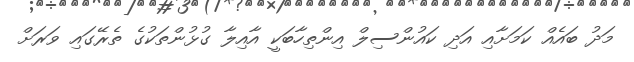
މަދު ބައެއް ކަމަށާއި އަދި ކައުންސިލް އިންތިހާބަކީ އާއިލާ ގުޅުންތަކުގެ ތެރޭގައި ވަރަށް